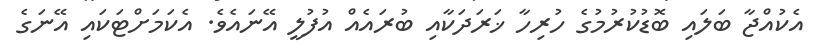
އެކުއްޖާ ބަލައި ބޮޑުކުރުމުގެ ހުރިހާ ޚަރަދަކާއި ބުރައެއް އުފުލީ އޭނައެވެ. އެކަމަށްޓަކައި އޭނަގެ